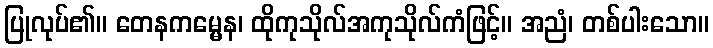
ပြုလုပ်၏။ တေနကမ္မေန၊ ထိုကုသိုလ်အကုသိုလ်ကံဖြင့်။ အညံ၊ တစ်ပါးသော။